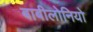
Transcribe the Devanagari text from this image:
बाबीलोनियो